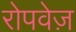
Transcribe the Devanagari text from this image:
रोपवेज़